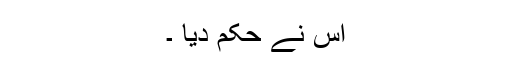
اس نے حکم دیا ۔